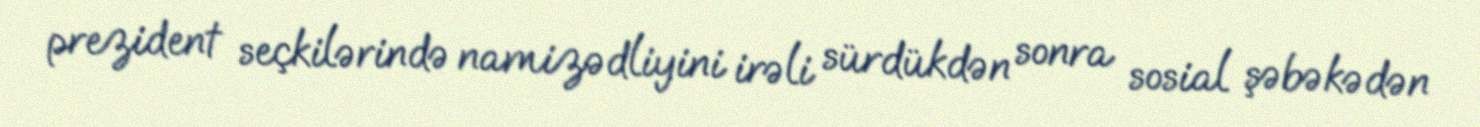
prezident seçkilərində namizədliyini irəli sürdükdən sonra sosial şəbəkədən